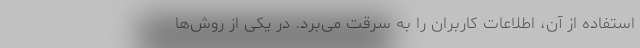
استفاده از آن، اطلاعات کاربران را به سرقت می‌برد. در یکی از روش‌ها